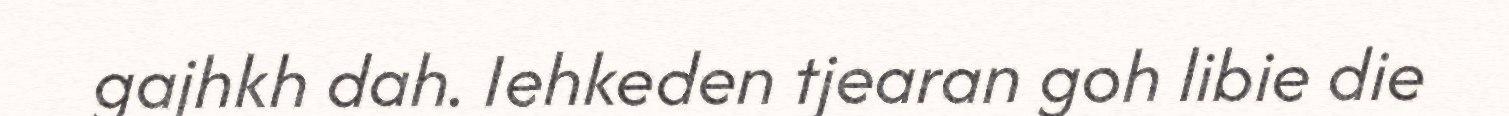
gajhkh dah. Iehkeden tjearan goh libie die